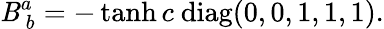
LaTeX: \mathit{B}_{~b}^{a}=-\operatorname{tanh}c\ \mathrm{{diag}}(0,0,1,1,1).